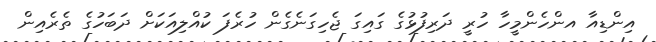
އިންޑިއާ އންހެންމީހާ ހުރީ ދަރިފުޅުގެ ގައިގަ ޖެހިގަނެގެން ހުރެފަ ކުއްލިއަކަށް ދަބަހުގެ ތެރެއިން